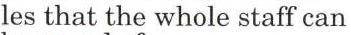
les that the whole staff can